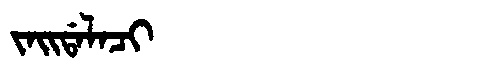
Manchu: ᠵᠠᡳᡩᠠᠯᠠᠴᡳ
Romanization: JAIDALACI